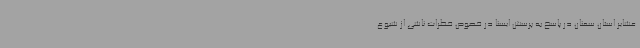
عشایر استان سمنان در پاسخ به پرسش ایسنا در خصوص خطرات ناشی از شیوع